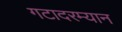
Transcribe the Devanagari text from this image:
गटादरम्यान